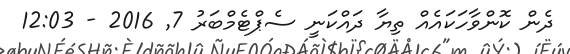
ދެން ކޮންވާހަކައެއް ތިޔާ ދައްކަނީ ސެޕްޓެމްބަރު 7